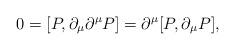
LaTeX: \begin{align*}0=[P, \partial_{\mu}\partial^{\mu}P] =\partial^{\mu}[P, \partial_{\mu}P],\end{align*}